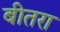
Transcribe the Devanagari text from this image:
बीतरा